Vaccine operations Central Provinces & Berar 1912-1920 - 1912-1920
Year: 1912
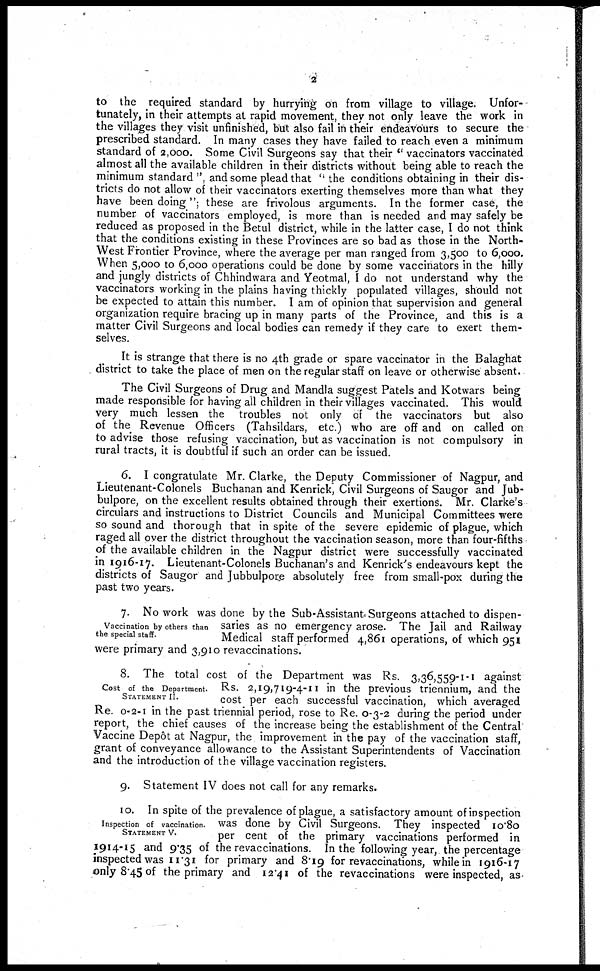
2
to the required standard by hurrying on from village to village. Unfor-
tunately, in their attempts at rapid movement, they not only leave the work in
the villages they visit unfinished, but also fail in their endeavours to secure the
prescribed standard. In many cases they have failed to reach even a minimum
standard of 2,000. Some Civil Surgeons say that their " vaccinators vaccinated
almost all the available children in their districts without being able to reach the
minimum standard ", and some plead that " the conditions obtaining in their dis-
tricts do not allow of their vaccinators exerting themselves more than what they
have been doing"; these are frivolous arguments. In the former case, the
number of vaccinators employed, is more than is needed and may safely be
reduced as proposed in the Betul district, while in the latter case, I do not think
that the conditions existing in these Provinces are so bad as those in the North-
West Frontier Province, where the average per man ranged from 3,500 to 6,000.
When 5,000 to 6,000 operations could be done by some vaccinators in the hilly
and jungly districts of Chhindwara and Yeotmal, I do not understand why the
vaccinators working in the plains having thickly populated villages, should not
be expected to attain this number. I am of opinion that supervision and general
organization require bracing up in many parts of the Province, and this is a
matter Civil Surgeons and local bodies can remedy if they care to exert them-
selves.
It is strange that there is no 4th grade or spare vaccinator in the Balaghat
district to take the place of men on the regular staff on leave or otherwise absent.
The Civil Surgeons of Drug and Mandla suggest Patels and Kotwars being
made responsible for having all children in their villages vaccinated. This would
very much lessen the troubles not only of the vaccinators but also
of the Revenue Officers (Tahsildars, etc.) who are off and on called on
to advise those refusing vaccination, but as vaccination is not compulsory in
rural tracts, it is doubtful if such an order can be issued.
6. I congratulate Mr. Clarke, the Deputy Commissioner of Nagpur, and
Lieutenant-Colonels Buchanan and Kenrick, Civil Surgeons of Saugor and Jub-
bulpore, on the excellent results obtained through their exertions. Mr. Clarke's
circulars and instructions to District Councils and Municipal Committees were
so sound and thorough that in spite of the severe epidemic of plague, which
raged all over the district throughout the vaccination season, more than four-fifths
of the available children in the Nagpur district were successfully vaccinated
in 1916-17. Lieutenant-Colonels Buchanan's and Kenrick's endeavours kept the
districts of Saugor and Jubbulpore absolutely free from small-pox during the
past two years.
Vaccination by others than
the special staff.
7. No work was done by the Sub-Assistant Surgeons attached to dispen-
saries as no emergency arose. The Jail and Railway
Medical staff performed 4,861 operations, of which 951
were primary and 3,910 revaccinations.
Cost of the Department.
STATEMENT II.
8. The total cost of the Department was Rs. 3,36,559-1-1 against
Rs. 2,19,719-4-11 in the previous triennium, and the
cost per each successful vaccination, which averaged
Re. 0-2-1 in the past triennial period, rose to Re. 0-3-2 during the period under
report, the chief causes of the increase being the establishment of the Central
Vaccine Depôt at Nagpur, the improvement in the pay of the vaccination staff,
grant of conveyance allowance to the Assistant Superintendents of Vaccination
and the introduction of the village vaccination registers.
9. Statement IV does not call for any remarks.
Inspection of vaccination.
STATEMENT V.
10. In spite of the prevalence of plague, a satisfactory amount of inspection
was done by Civil Surgeons. They inspected 10.80
per cent of the primary vaccinations performed in
1914-15 and 9.35 of the revaccinations. In the following year, the percentage
inspected was 11.31 for primary and 8.19 for revaccinations, while in 1916-17
only 8.45 of the primary and 12.41 of the revaccinations were inspected, as